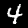
Digit: 4